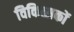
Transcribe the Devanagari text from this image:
विकित्सकों